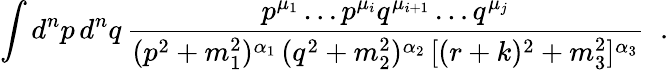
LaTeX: \int d^{n}p\, d^{n}q\, \frac{p^{\mu_{1}}\ldots p^{\mu_{i}}q^{\mu_{i+1}}\ldots q^{\mu_{j}}}{(p^{2}+m_{1}^{2})^{\alpha_{1}}\, (q^{2}+m_{2}^{2})^{\alpha_{2}}\, [(r+k)^{2}+m_{3}^{2}]^{\alpha_{3}}}\; \; .